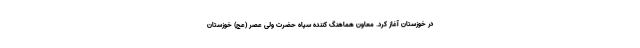
در خوزستان آغاز کرد. معاون هماهنگ کننده سپاه حضرت ولی عصر (عج) خوزستان